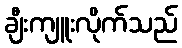
ချီးကျူးလိုက်သည်